Medical and sanitary report of the native army of Madras for the year
Year: 1878
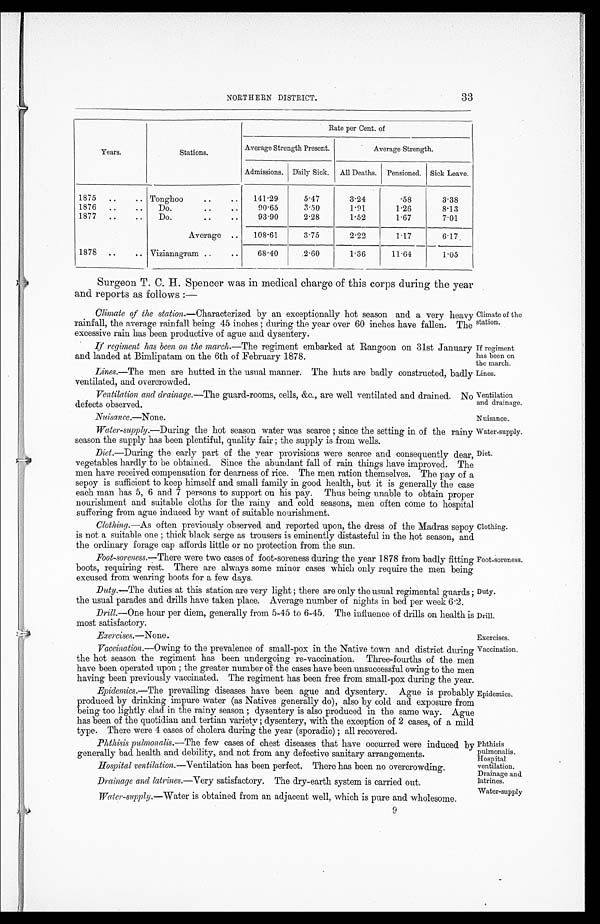
Climate of the
station.
If regiment
has been on
the march.
Lines.
Ventilation
and drainage.
Nuisance .—None.
Nuisance..
Water-supply.
Diet.
Duty.
Drill.
Exercises.—N one.
Exercises.
Phthisis
pulmonalis.
Hospital
ventilation.
Drainage and
latrines.
Water-supply.
NORTHERN DISTRICT.
33
Years.
Stations.
Rate per Cent. of
Average Strength Present.
Average Strength.
Admissions. Daily Sick. All Deaths. Pensioned. Sick Leave.
1875 ..
.. Tonghoo
..
.. 141.29
5.47
3.24
.58
3.38
1876 ..
.. Do.
..
. .
90.65
3.50
1.91
1.26
8.13
1877 ..
..
Do.
. .
..
93.90
2.28
1.52
1.67
7.01
Average .. 108.61
3.75
2.22
1.17
6.17
1878 ..
.. Vizianagram ..
..
68.40
2.60
1.36
11.64
1.05
Surgeon T. C. H. Spencer was in medical charge of this corps during the year
and reports as follows :—
Climate of the station.—Characterized by an exceptionally hot season and a very heavy
rainfall, the average rainfall being 45 inches ; during the year over 60 inches have fallen. The
excessive rain has been productive of ague and dysentery.
If regiment has been on the march. —The regiment embarked at Rangoon on 31st January
and landed at Bimlipatam on the 6th of February 1878.
Lines.—The men are hutted in the usual manner. The huts are badly constructed, badly
ventilated, and overcrowded.
Ventilation and drainage. —The guard-rooms, cells, &c., are well ventilated and drained. No
defects observed.
Water-supply. —During the hot season water was scarce ; since the setting in of the rainy
season the supply has been plentiful, quality fair ; the supply is from wells.
Diet.—During the early part of the year provisions were scarce and consequently dear,
vegetables hardly to be obtained. Since the abundant fall of rain things have improved. The
men have received compensation for dearness of rice. The men ration themselves. The pay of a
sepoy is sufficient to keep himself and small family in good health, but it is generally the case
each man has 5, 6 and 7 persons to support on his pay. Thus being unable to obtain proper
nourishment and suitable cloths for the rainy and cold seasons, men often come to hospital
suffering from ague induced by want of suitable nourishment.
Clothing. —As often previously observed and reported upon, the dress of the Madras sepoy
is not a suitable one ; thick black serge as trousers is eminently distasteful in the hot season, and
the ordinary forage cap affords little or no protection from the sun.
Foot-soreness. —There were two cases of foot-soreness during the year 1878 from badly fitting
boots, requiring rest. There are always some minor cases which only require the men being
excused from wearing boots for a few days.
Duty.—The duties at this station are very light ; there are only the usual regimental guards ;
the usual parades and drills have taken place. Average number of nights in bed per week 6.2.
Drill.—One hour per diem, generally from 5-45 to 6-45. The influence of drills on health is
most satisfactory.
Clothing.
Foot-soreness.
Vaccination. —Owing to the prevalence of small-pox in the Native town and district during
the hot season the regiment has been undergoing re-vaccination. Three-fourths of the men
have been operated upon ; the greater number of the cases have been unsuccessful owing to the men
having been previously vaccinated. The regiment has been free from small-pox during the year.
Epidemics.—The prevailing diseases have been ague and dysentery. Ague is probably
produced by drinking impure water (as Natives generally do), also by cold and exposure from
being too lightly clad in the rainy season ; dysentery is also produced in the same way. Ague
has been of the quotidian and tertian variety ; dysentery, with the exception of 2 cases, of a mild
type. There were 4 cases of cholera during the year (sporadic) ; all recovered.
Phthisis pulmonalis. —The few cases of chest diseases that have occurred were induced by
generally bad health and debility, and not from any defective sanitary arrangements.
Hospital ventilation .—Ventilation has been perfect. There has been no overcrowding.
Drainage and latrines. —Very satisfactory. The dry-earth system is carried out.
Water-supply. —Water is obtained from an adjacent well, which is pure and wholesome.
Vaccination.
Epidemics.
9